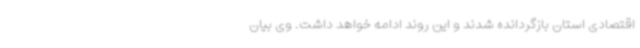
اقتصادی استان بازگردانده شدند و این روند ادامه خواهد داشت. وی بیان